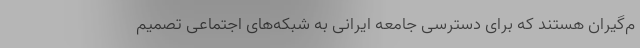
م‌گیران هستند که برای دسترسی جامعه ایرانی به شبکه‌های اجتماعی تصمیم